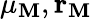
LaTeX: \mu_{\mathbf{M}},\mathbf{{r}}_{\mathbf{M}}